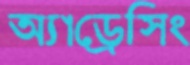
অ্যাড্রেসিং